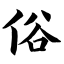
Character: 俗